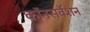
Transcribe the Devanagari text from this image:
कॉनसर्वेशन